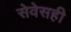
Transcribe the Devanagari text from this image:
सेवेसही